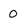
Character: 0